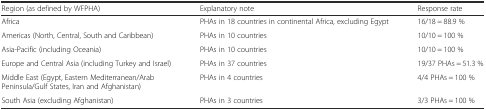
<table><thead><tr><td><b>Region (as defined by WFPHA)</b></td><td><b>Explanatory note</b></td><td><b>Response rate</b></td></tr></thead><tbody><tr><td>Africa</td><td>PHAs in 18 countries in continental Africa, excluding Egypt</td><td>16/18 = 88.9 %</td></tr><tr><td>Americas (North, Central, South and Caribbean)</td><td>PHAs in 10 countries</td><td>10/10 = 100 %</td></tr><tr><td>Asia-Pacific (including Oceania)</td><td>PHAs in 10 countries</td><td>10/10 = 100 %</td></tr><tr><td>Europe and Central Asia (including Turkey and Israel)</td><td>PHAs in 37 countries</td><td>19/37 PHAs = 51.3 %</td></tr><tr><td>Middle East (Egypt, Eastern Mediterranean/Arab Peninsula/Gulf States, Iran and Afghanistan)</td><td>PHAs in 4 countries</td><td>4/4 PHAs = 100 %</td></tr><tr><td>South Asia (excluding Afghanistan)</td><td>PHAs in 3 countries</td><td>3/3 PHAs = 100 %</td></tr></tbody></table>